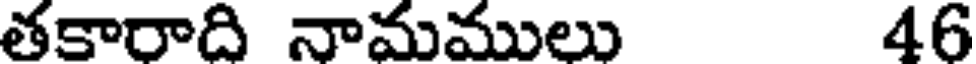
తకారాది నామములు 46